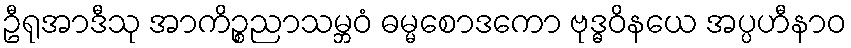
ဦရုအာဒီသု အာကိဉ္စညာသမ္ဘဝံ ဓမ္မစောဒကော ဗုဒ္ဓဝိနယေ အပ္ပဟီနာဝ